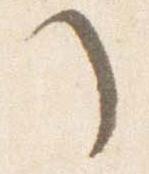
了